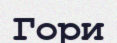
Гори